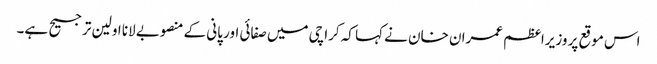
اس موقع پر وزیراعظم عمران خان نے کہا کہ کراچی میں صفائی اور پانی کے منصوبے لانا اولین ترجیح ہے۔